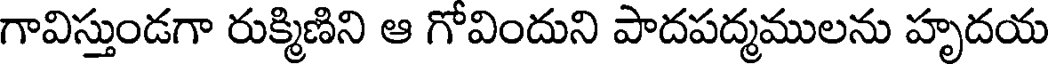
గావిస్తుండగా రుక్మిణిని ఆ గోవిందుని పాదపద్మములను హృదయ